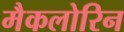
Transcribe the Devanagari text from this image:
मैकलोरिन